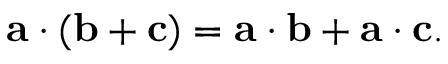
\mathbf { a } \cdot ( \mathbf { b } + \mathbf { c } ) = \mathbf { a } \cdot \mathbf { b } + \mathbf { a } \cdot \mathbf { c } .